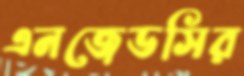
এনজেডসির